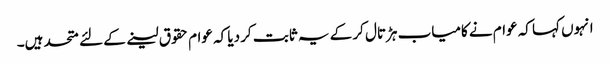
انہوں کہا کہ عوام نے کامیاب ہڑتال کر کے یہ ثابت کر دیا کہ عوام حقوق لینے کے لئے متحد ہیں۔